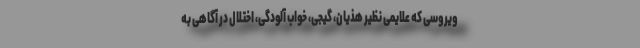
ویروسی که علایمی نظیر هذیان، گیجی، خواب آلودگی، اختلال در آگاهی به